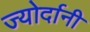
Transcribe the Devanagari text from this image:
ज्योर्दानी